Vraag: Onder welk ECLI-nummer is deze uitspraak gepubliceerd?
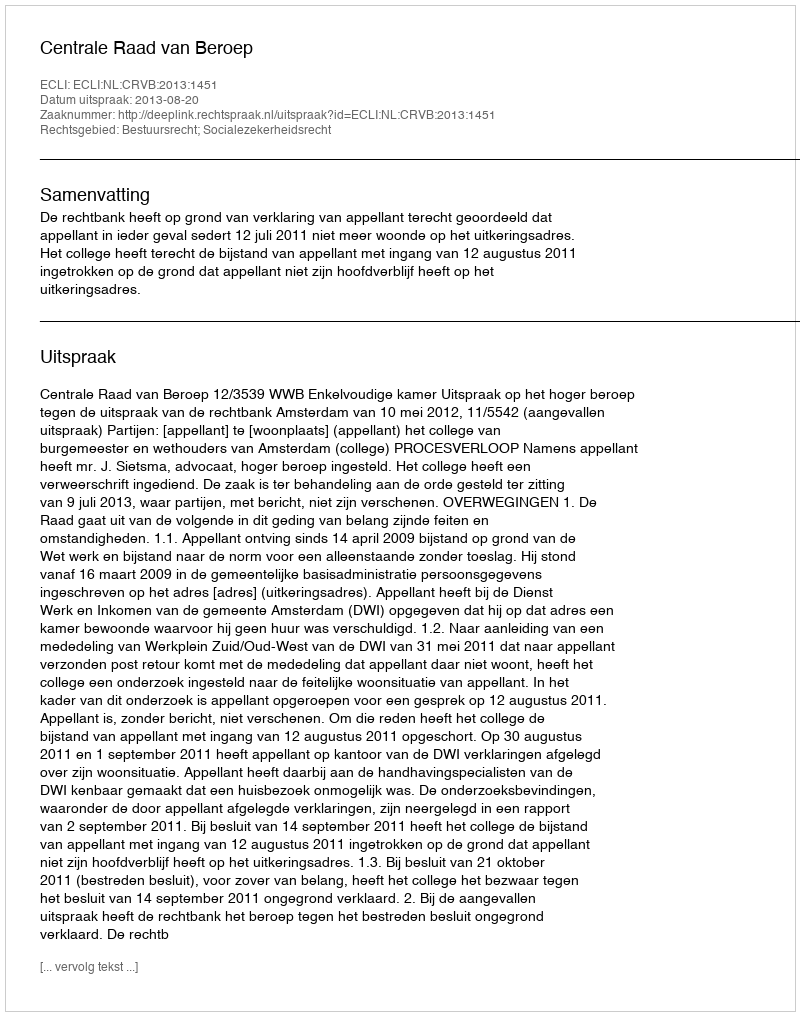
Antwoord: ECLI:NL:CRVB:2013:1451